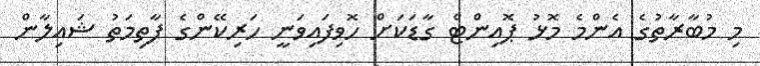
މި މުބާރާތުގެ އެންމެ މޮޅު ޕޮއިންޓް ގާޑަކަށް ހޮވިފައިވަނީ ހަރިކޭންގެ ފާތިމަތު ޝައިލާން